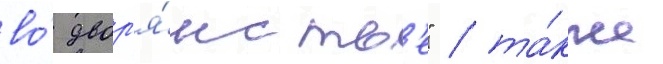
во́ двор'я́нств'е" / та́кже